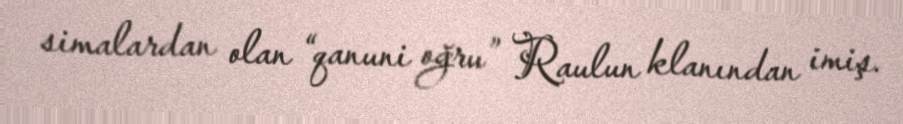
simalardan olan “qanuni oğru” Raulun klanından imiş.